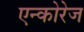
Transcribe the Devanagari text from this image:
एन्कोरेज